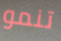
تنمو